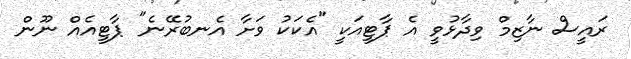
ރައީސް ނާޒިމް ވިދާޅުވީ އެ ޕާޓީއަކީ "އެކަކު ވަށާ އެނބުރޭނެ" ޕާޓީއެއް ނޫން